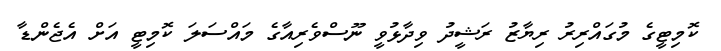
ކޮމިޓީގެ މުގައްރިރު ރިޔާޒު ރަޝީދު ވިދާޅުވީ ނޫސްވެރިއާގެ މައްސަލަ ކޮމިޓީ އަށް އެޖެންޑާ